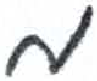
אות: מ